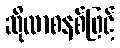
ဆိုလာစနစ်ဖြင့်